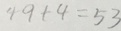
4 9 + 4 = 5 3